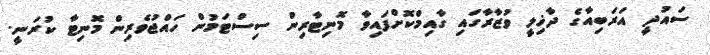
ސައުދީ އަރަބިއާގެ ދާޚިލީ ވުޒާރާގައި ގާއިމްކޮށްފައިވާ މޮނިޓާރިން ސިސްޓަމުން ހައްޖުވެރިން މޮނިޓާ ކުރަނީ.